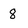
Character: 8